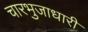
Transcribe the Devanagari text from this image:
चारभुजाधारी